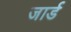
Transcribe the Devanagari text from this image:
जार्ड